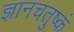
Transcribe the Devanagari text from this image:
ज्ञानचतुष्कं